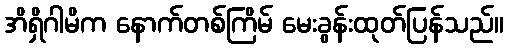
အိရှိဂါမိက နောက်တစ်ကြိမ် မေးခွန်းထုတ်ပြန်သည်။